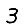
Digit: 3